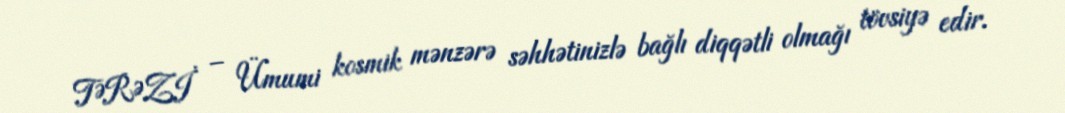
TƏRƏZİ – Ümumi kosmik mənzərə səhhətinizlə bağlı diqqətli olmağı tövsiyə edir.